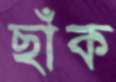
ছাঁক